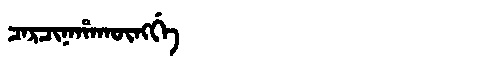
Manchu: ᠴᠠᡵᠴᡳᠨᠠᡥᠠᡴᡡᠩᡤᡝ
Romanization: CARCINAHAKŪNGGE